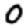
Digit: 0